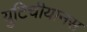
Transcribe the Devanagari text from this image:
युटिचीयानस